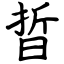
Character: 晢